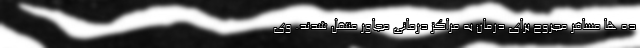
ده ها مسافر مجروح برای درمان به مراکز درمانی مجاور منتقل شدند. وی